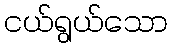
ငယ်ရွယ်သော